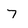
Character: 7